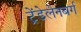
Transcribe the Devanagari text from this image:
ट्रेंडेलेनबर्ग